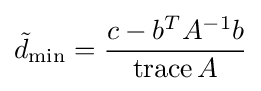
{\tilde {d}}_{\min }={\frac {c-b^{T}A^{-1}b}{\operatorname {trace} A}}